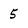
Character: 5